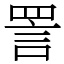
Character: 詈